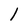
Character: l